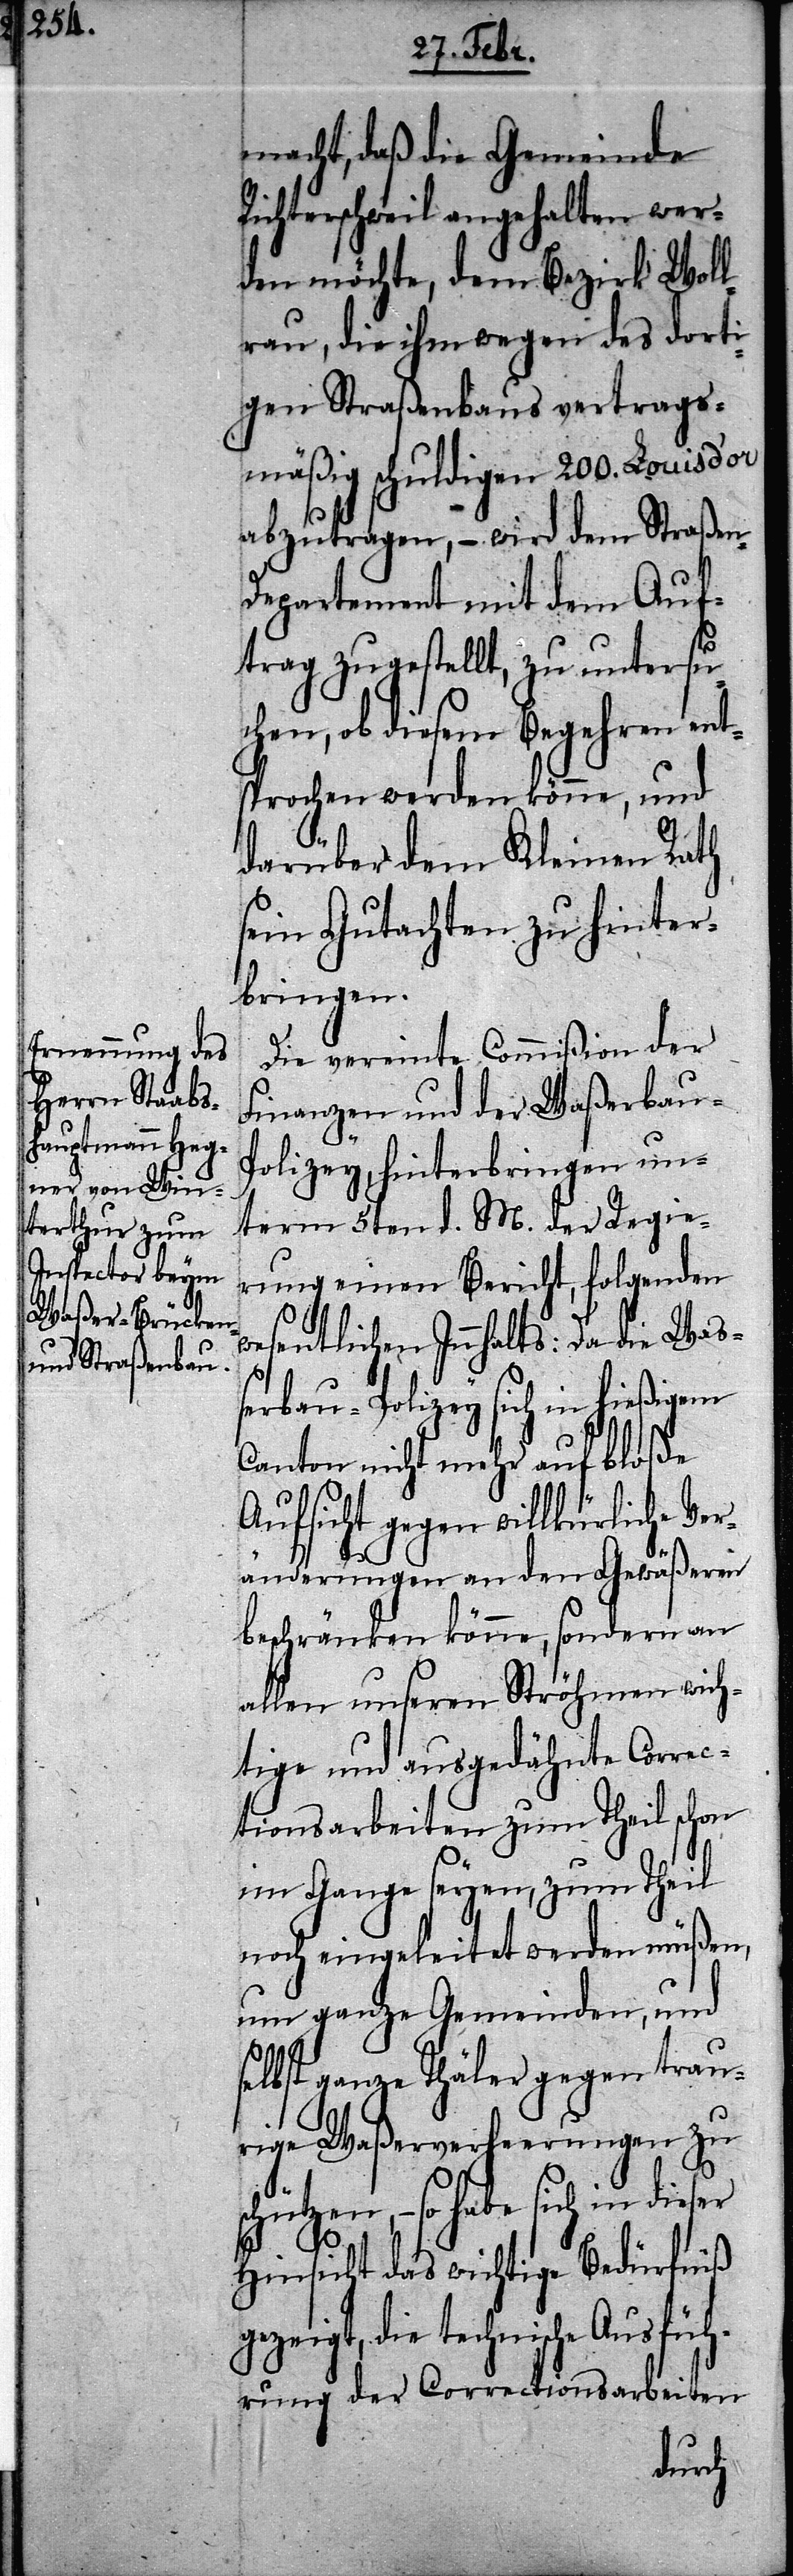
macht, daß die Gemeinde
Richterschweil angehalten werd¬
gen Straßenbaus vertrags¬
mäßig schuldigen 200. Louisd’or
abzutragen, – wird dem Straßen-D¬
epartement mit dem Auf¬
trag zugestellt, zu untersu¬
chen, ob diesem Begehren ent¬
sprochen werden könne, und
darüber dem Kleinen Rath
sein Gutachten zu hinter¬
bringen.
Die vereinte Commißion der
Finanzen und der Waßerbau-P¬
olizey, hinterbringen un¬
term 5ten d. M. der Regie¬
rung einen Bericht, folgenden
wesentlichen Innhalts: Da die Wa¬
ßerbau-Polizey sich in hießigem
Canton nicht mehr auf bloße
Aufsicht gegen willkürliche Ver¬
änderungen an den Gewäßeren
beschränken könne, sondern an
allen unseren Ströhmen wich¬
tige und ausgedähnte Correc¬
tionsarbeiten zum Theil schon
im Gange seyen, zum Theil
noch eingeleitet werden müßen,
um ganze Gemeinden, und
selbst ganze Thäler gegen traur¬
ige Waßerverheerungen zu
so habe sich in
Hinsicht das wichtige Bedürfniß
die technische Ausfüh¬
rung der Correctionsarbeiten